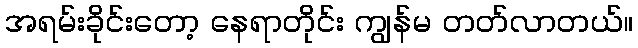
အရမ်းခိုင်းတော့ နေရာတိုင်း ကျွန်မ တတ်လာတယ်။